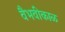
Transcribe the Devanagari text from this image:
वैभवीकाळ